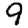
Digit: 9